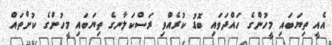
އެއީ ތިޔަބައި މީހުންގެ ހައްދަވައި ބޮޑު ކުރެއްވި ރަސްކަލާނގެ ތިޔަބައި މީހުންގެ ކުށްތައް